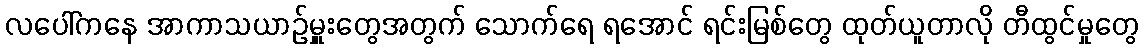
လပေါ်ကနေ အာကာသယာဉ်မှူးတွေအတွက် သောက်ရေ ရအောင် ရင်းမြစ်တွေ ထုတ်ယူတာလို တီထွင်မှုတွေ